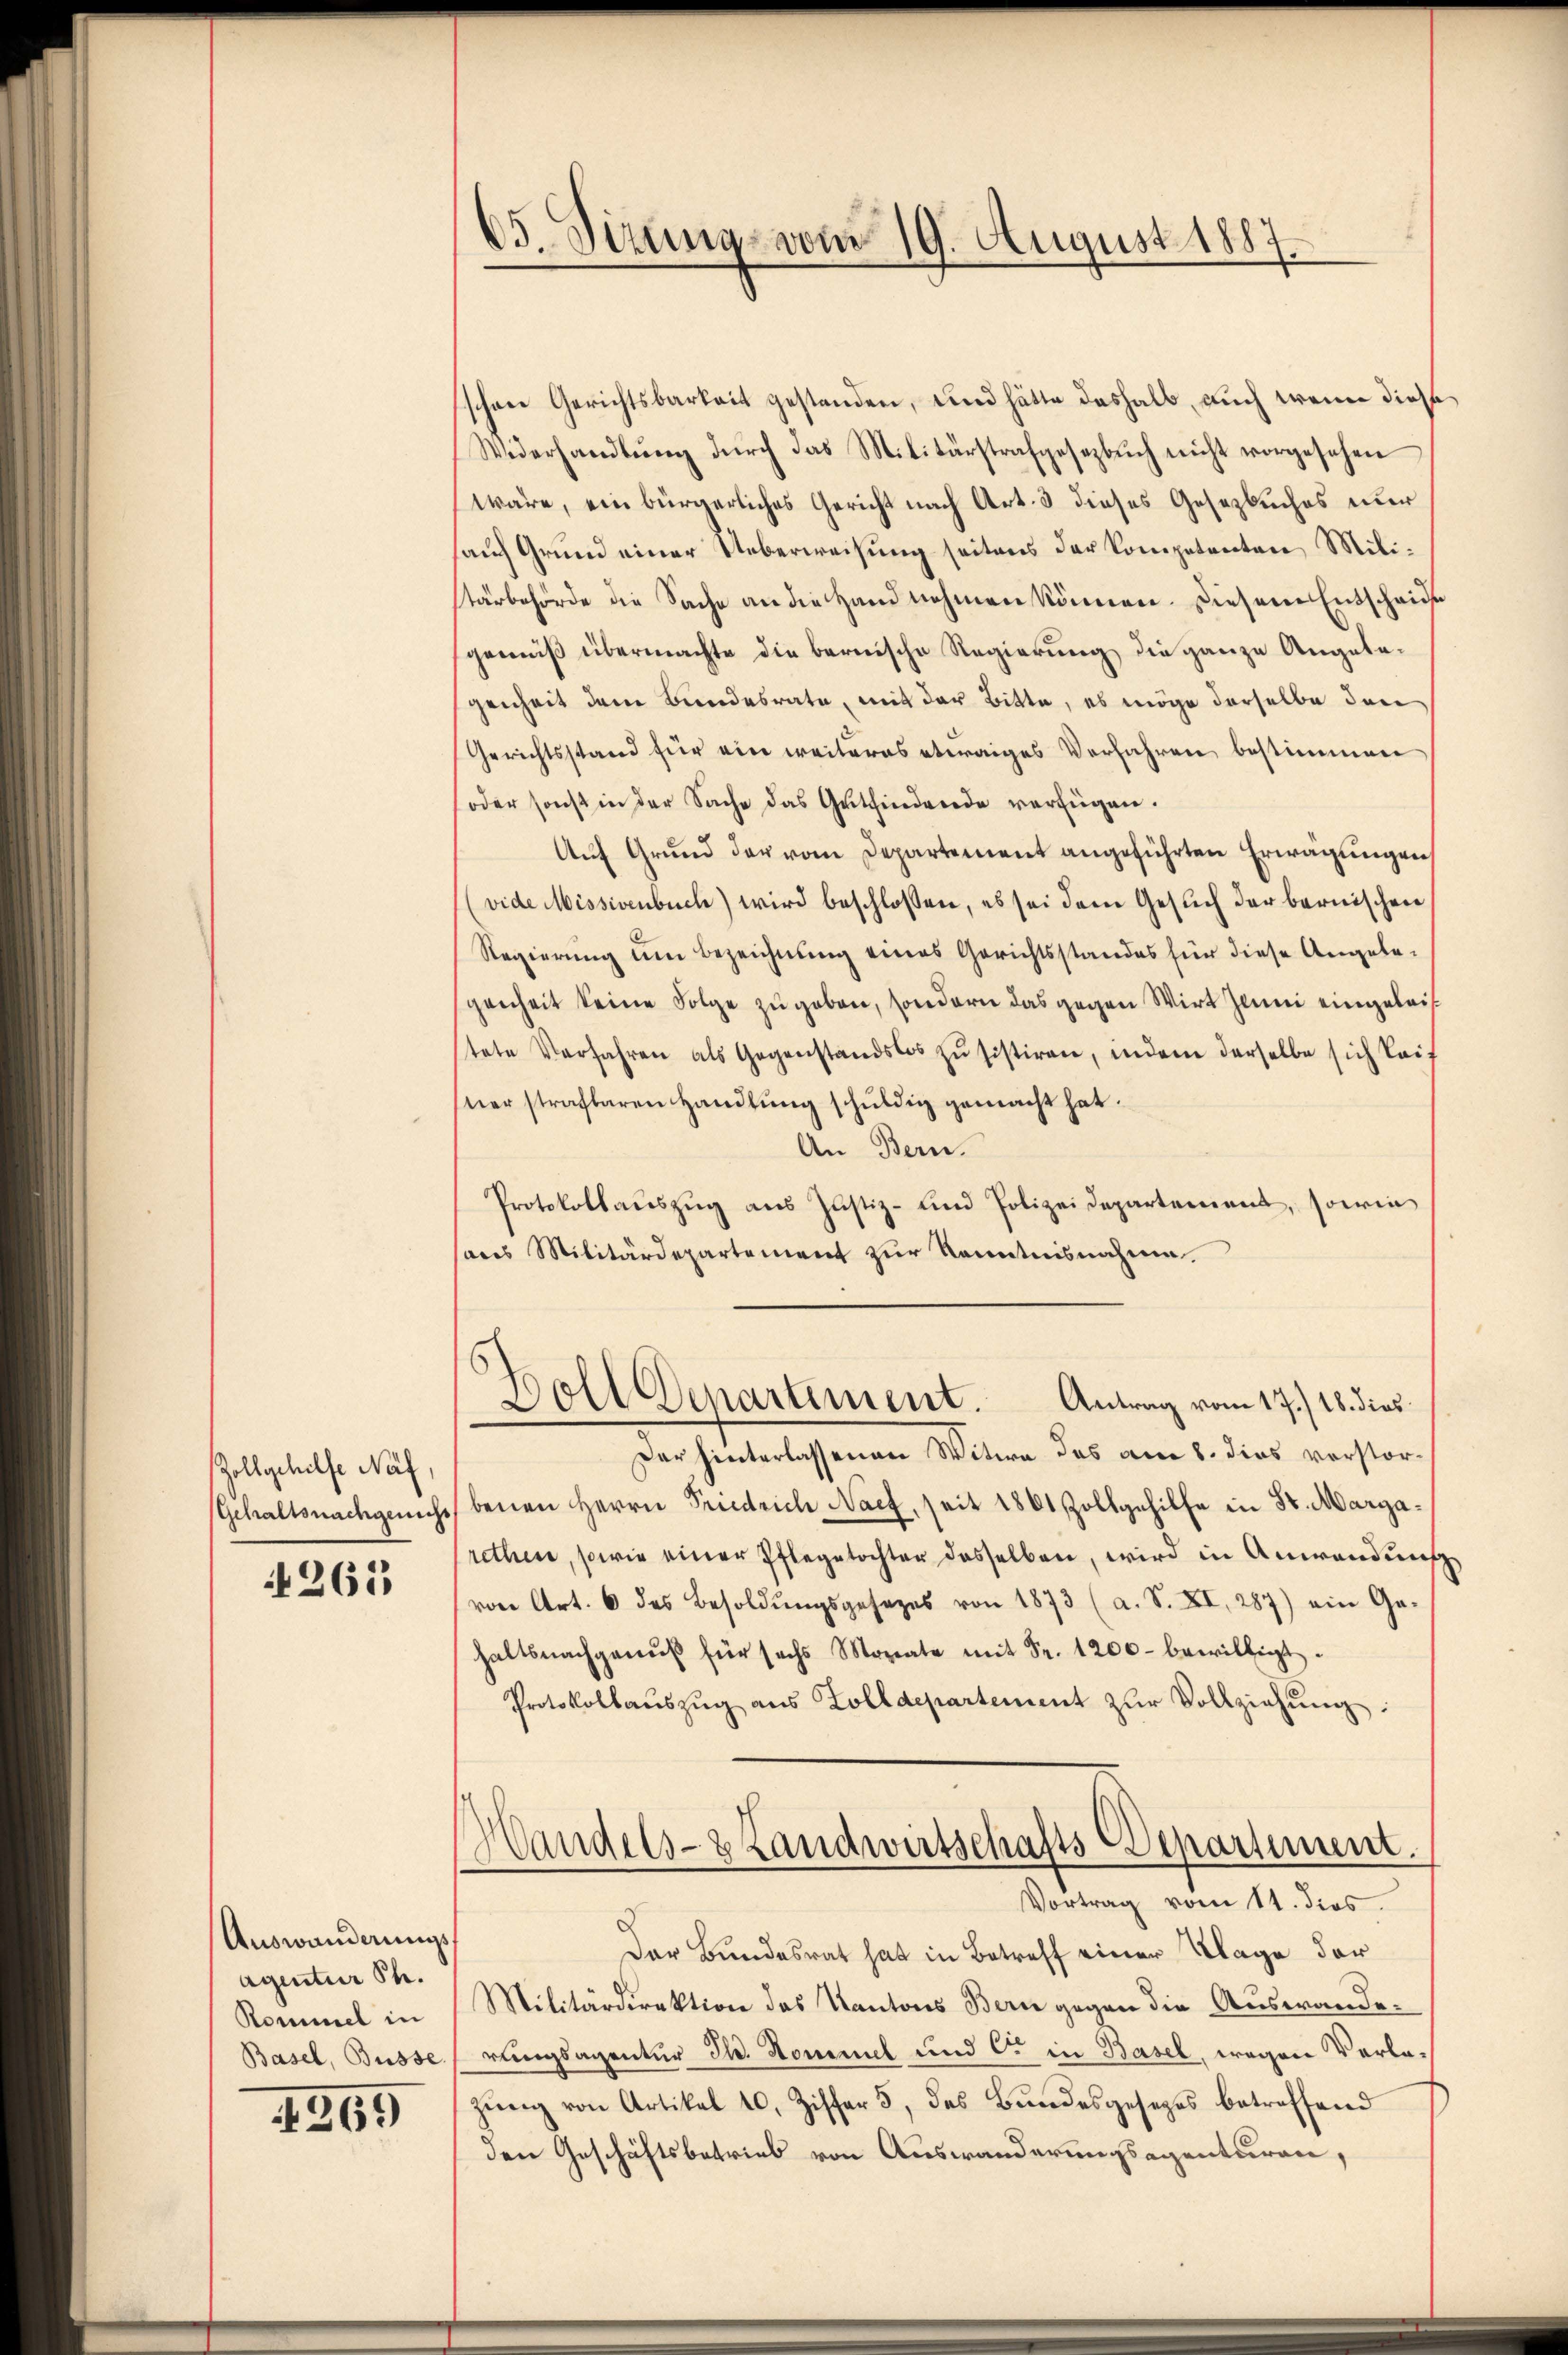
Zollgehilfe Näf,

265

Auswanderungs¬
Agentur h.
Rommel in
Basel, Büsse.

4369

65. Sizung vom 19. August 1887

schen Gerichtsbarkeit gestanden, und hätte deshalb, auch wenn diese
Widerhandlŭng dŭrch das Militärstrafgesezbŭch nicht vorgesehen
wäre, ein bürgerliches Gericht nach Art. 3 dieses Gesetzbuches nur
sauf Grund einer Ueberweisung seitens der Kompetenten Militärbehörde die Sache an die Hand nehmen können. Diesem Entscheide
gewiß übermachte die bernische Regierung die ganze Angebegenheit dem Bundesrate, mit der Bitte, es möge derselbe den
Gerichtsstand für ein weiteres etwaiges Verfahren bestimmen
(oder sonst in der Sache das Gutfindende verfügen.
Auf Grund der vom Departement angeführten Erwägungen
vide Missivenbuch) wird beschlossen, es sei dem Gesuch der bernischen
Regierung um Bezeichnung eines Gerichtsstandes für diese Angelegenheit keine Folge zugeben, sondern das gegen Wirt Juni eingeleistete Verfahren als Gegenstandslos zŭ sistiren, indem derselbe sich laif
ner strafbaren Handlung schuldig gemacht hat.
An Bern.
Protokollaŭszŭg aŭs Justiz- und Polizeidepartement, sowie
sans Militärdepartement zur Kenntnisnahme
Boll Departement. Antrag vom 17.) 18. dies
Der hinterlassenen Witwe des am 8. dies vorstorsGehaltsnachgenicht benen Herrn Friedrich Nach, seit 1801 Zollgehilfe in Sr. Margarethen, sowie einer Pflegetochter dasselben, wird in Anwendung
von Art. 6 des Besoldŭngsgesezes von 1873 (a. S. XI, 287) ein Ge-
haltsnachgenŭβ für sechs Morate mit Fr. 1200 bewilligt.
Protokollaŭszŭg aŭs Zolldepartement zŭr Vollziehŭng:
Handels- & Landwirtschafts-Departement.
Vortrag vom 11. dies
Der Bundesrat hat in Betreff einer Klage der
Militärdirektion des Kantons Bern gegen die Auswanderungsagentur Th. Sommel und C. in Basel, wegen Verlazung von Artikel 10. Ziffer 5, des Bundesgesezes betreffend
den Geschäftsbetrieb von Auswanderungsagenturen,